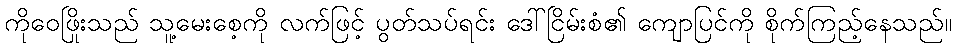
ကိုဝေဖြိုးသည် သူ့မေးစေ့ကို လက်ဖြင့် ပွတ်သပ်ရင်း ဒေါ်ငြိမ်းစံ၏ ကျောပြင်ကို စိုက်ကြည့်နေသည်။